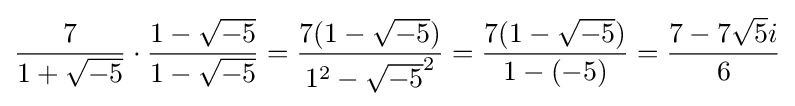
{\frac {7}{1+{\sqrt {-5}}}}\cdot {\frac {1-{\sqrt {-5}}}{1-{\sqrt {-5}}}}={\frac {7(1-{\sqrt {-5}})}{1^{2}-{\sqrt {-5}}^{2}}}={\frac {7(1-{\sqrt {-5}})}{1-(-5)}}={\frac {7-7{\sqrt {5}}i}{6}}